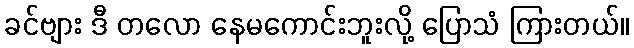
ခင်ဗျား ဒီ တလော နေမကောင်းဘူးလို့ ပြောသံ ကြားတယ်။